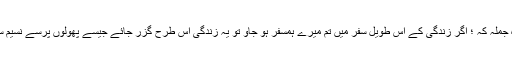
اور شوکت کیفی کا وہ جملہ کہ ؛ اگر زندگی کے اس طویل سفر میں تم میرے ہمسفر ہو جاؤ تو یہ زندگی اس طرح گزر جائے جیسے پھولوں پرسے نسیمِ سحر کا لطیف جھونکا۔